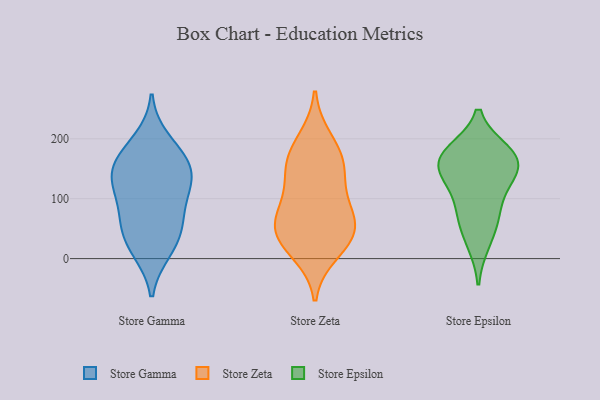
{"axis": {"x": "Temperature (°C)", "y": "Value"}, "legend": ["Store Epsilon", "Store Gamma", "Store Zeta"], "data": [{"x": "", "y": 146, "type": "Store Gamma"}, {"x": "", "y": 170, "type": "Store Gamma"}, {"x": "", "y": 118, "type": "Store Gamma"}, {"x": "", "y": 121, "type": "Store Gamma"}, {"x": "", "y": 13, "type": "Store Gamma"}, {"x": "", "y": 164, "type": "Store Gamma"}, {"x": "", "y": 56, "type": "Store Gamma"}, {"x": "", "y": 18, "type": "Store Gamma"}, {"x": "", "y": 110, "type": "Store Gamma"}, {"x": "", "y": 55, "type": "Store Gamma"}, {"x": "", "y": 149, "type": "Store Gamma"}, {"x": "", "y": 64, "type": "Store Gamma"}, {"x": "", "y": 198, "type": "Store Gamma"}, {"x": "", "y": 38, "type": "Store Zeta"}, {"x": "", "y": 95, "type": "Store Zeta"}, {"x": "", "y": 197, "type": "Store Zeta"}, {"x": "", "y": 48, "type": "Store Zeta"}, {"x": "", "y": 88, "type": "Store Zeta"}, {"x": "", "y": 165, "type": "Store Zeta"}, {"x": "", "y": 152, "type": "Store Zeta"}, {"x": "", "y": 41, "type": "Store Zeta"}, {"x": "", "y": 54, "type": "Store Zeta"}, {"x": "", "y": 153, "type": "Store Zeta"}, {"x": "", "y": 12, "type": "Store Zeta"}, {"x": "", "y": 74, "type": "Store Epsilon"}, {"x": "", "y": 168, "type": "Store Epsilon"}, {"x": "", "y": 155, "type": "Store Epsilon"}, {"x": "", "y": 137, "type": "Store Epsilon"}, {"x": "", "y": 178, "type": "Store Epsilon"}, {"x": "", "y": 68, "type": "Store Epsilon"}, {"x": "", "y": 27, "type": "Store Epsilon"}, {"x": "", "y": 116, "type": "Store Epsilon"}, {"x": "", "y": 156, "type": "Store Epsilon"}, {"x": "", "y": 177, "type": "Store Epsilon"}]}